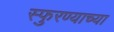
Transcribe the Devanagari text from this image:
स्फुरण्याच्या